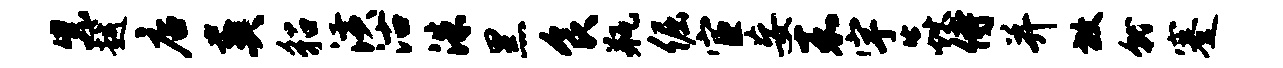
紫越店葬貂潢沽洙黑食瓶倔宦妄嘉宇焱侍并放就蹇